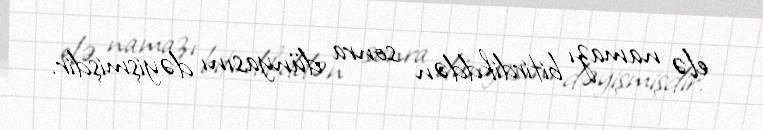
elə namazı bitirdikddən sonra dünyasını dəyişmişdir.